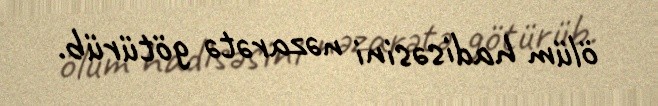
ölüm hadisəsini nəzarətə götürüb.